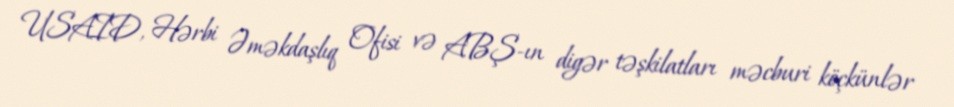
USAID, Hərbi Əməkdaşlıq Ofisi və ABŞ-ın digər təşkilatları məcburi köçkünlər